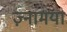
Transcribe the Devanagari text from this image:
ज़्नामया